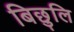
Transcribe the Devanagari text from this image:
बिछुलि